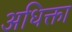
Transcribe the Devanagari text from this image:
अधिक्ता